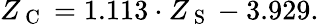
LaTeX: Z_{\mathrm{~C~}}=1.113\cdot Z_{\mathrm{~S~}}-3.929.